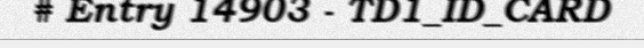
# Entry 14903 - TD1_ID_CARD